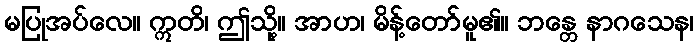
မပြုအပ်လေ။ ဣတိ၊ ဤသို့။ အာဟ၊ မိန့်တော်မူ၏။ ဘန္တေ နာဂသေန၊